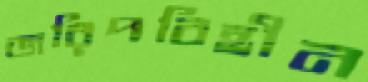
জরিপবিহীন